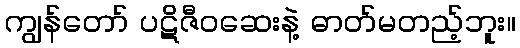
ကျွန်တော် ပဋိဇီဝဆေးနဲ့ ဓာတ်မတည့်ဘူး။